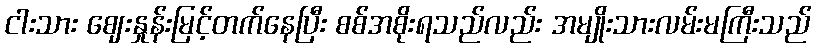
ငါးသား ဈေးနှုန်းမြင့်တက်နေပြီး စစ်အစိုးရသည်လည်း အမျိုးသားလမ်းမကြီးသည်